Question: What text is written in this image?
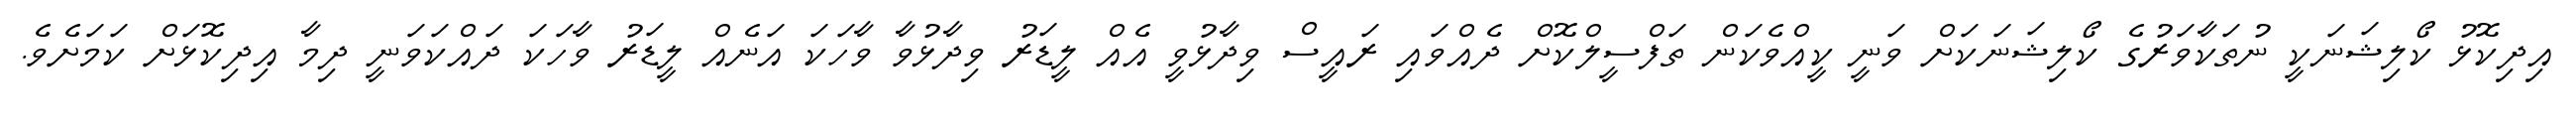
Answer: އިދިކޮޅު ކޯލިޝަނަކީ ނުތަކާވަރުގެ ކޯލިޝަނަކަށް ވަނީ ކީއްވެކަން ތަފްސީލްކޮށް ދެއްވައި ރައީސް ވިދާޅުވީ އެއް ލީޑަރު ވިދާޅުވާ ވާހަކަ އަނެއް ލީޑަރު ވާހަކަ ދައްކަވަނީ ދިމާ އިދިކޮޅަށް ކަމަށެވެ.